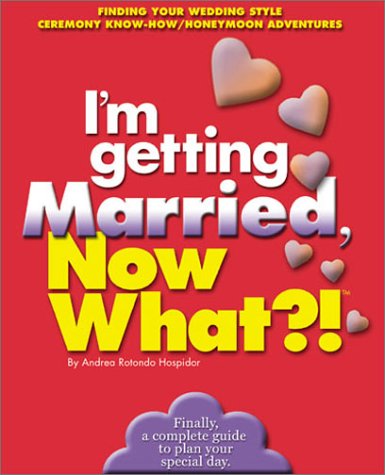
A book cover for I'm Getting Married, Now What?!: Finding Your Wedding Style/ Ceremony Know-how/ Honeymoon Adventures (Now What Series); Andrea Rotondo Hospidor; Crafts, Hobbies & Home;